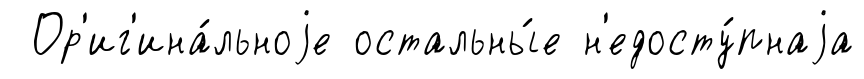
Ор'иг'ина́льноjе остальны́е н'едосту́пнаjа